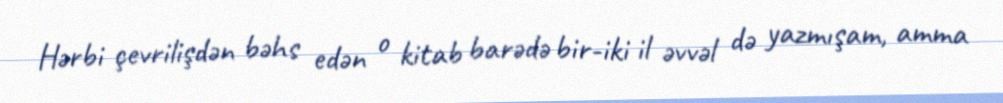
Hərbi çevrilişdən bəhs edən o kitab barədə bir-iki il əvvəl də yazmışam, amma